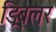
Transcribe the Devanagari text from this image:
ड्रिबलर